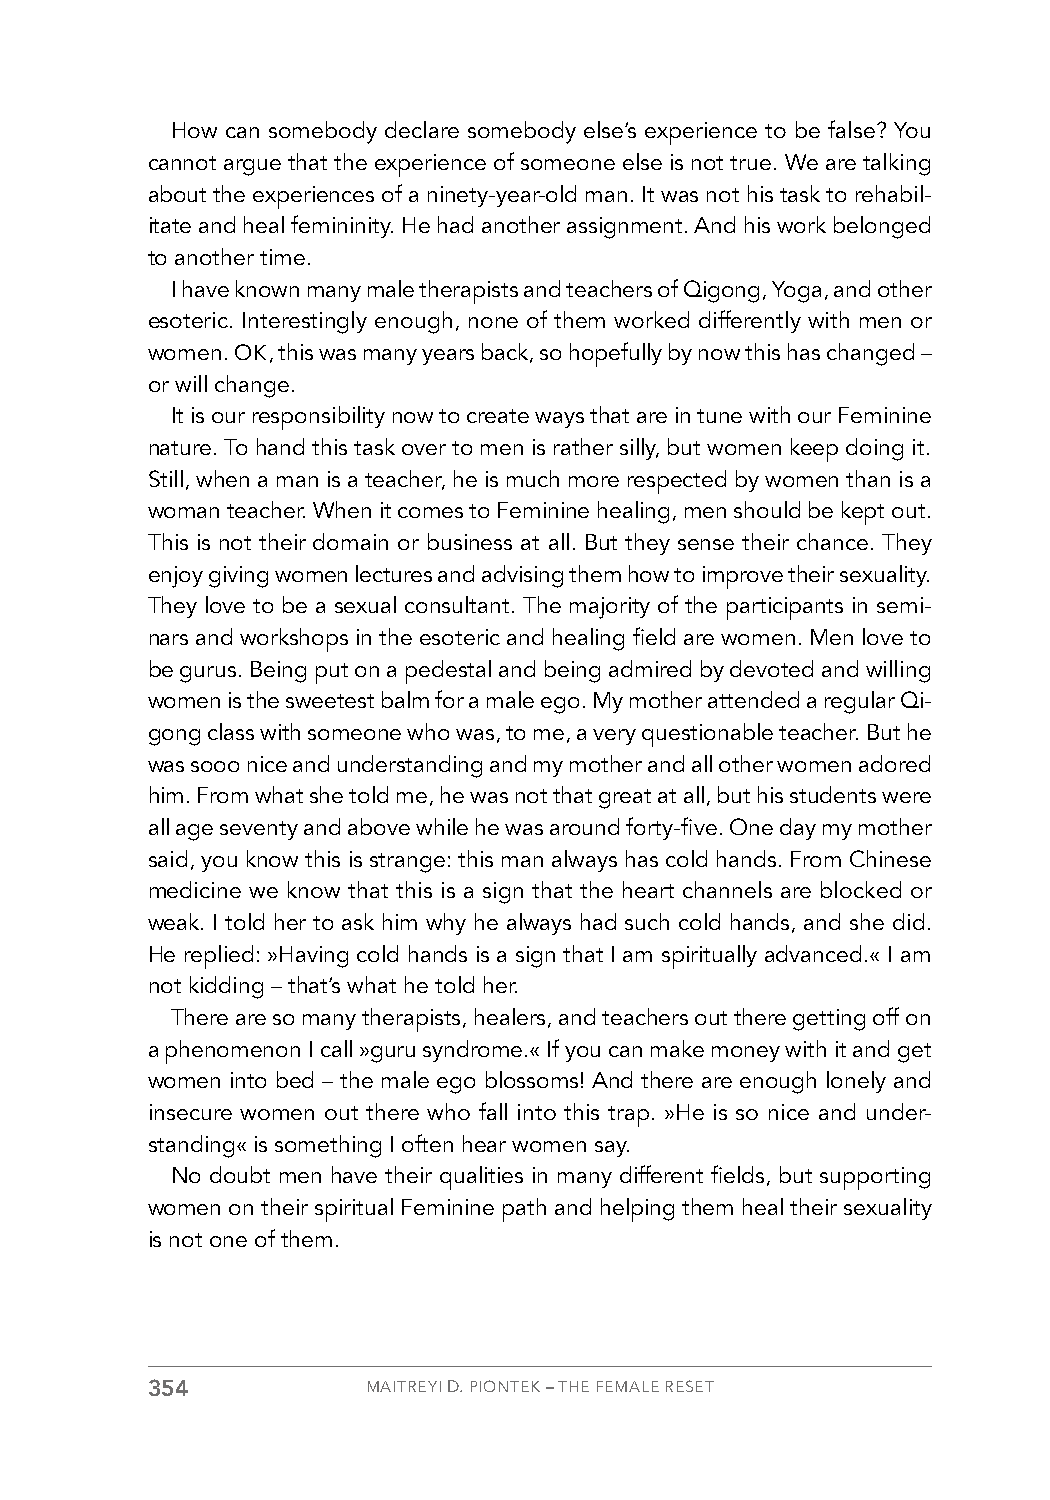
How can somebody declare somebody else’s experience to be false? You
 cannot argue that the experience of someone else is not true. We are talking
 about the experiences of a ninety-year-old man. It was not his task to rehabil-
 itate and heal femininity. He had another assignment. And his work belonged
 to another time.
 I have known many male therapists and teachers of Qigong, Yoga, and other
 esoteric. Interestingly enough, none of them worked differently with men or
 women. OK, this was many years back, so hopefully by now this has changed –
 or will change.
 It is our responsibility now to create ways that are in tune with our Feminine
 nature. To hand this task over to men is rather silly, but women keep doing it.
 Still, when a man is a teacher, he is much more respected by women than is a
 woman teacher. When it comes to Feminine healing, men should be kept out.
 This is not their domain or business at all. But they sense their chance. They
 enjoy giving women lectures and advising them how to improve their sexuality.
 They love to be a sexual consultant. The majority of the participants in semi-
 nars and workshops in the esoteric and healing field are women. Men love to
 be gurus. Being put on a pedestal and being admired by devoted and willing
 women is the sweetest balm for a male ego. My mother attended a regular Qi-
 gong class with someone who was, to me, a very questionable teacher. But he
 was sooo nice and understanding and my mother and all other women adored
 him. From what she told me, he was not that great at all, but his students were
 all age seventy and above while he was around forty-five. One day my mother
 said, you know this is strange: this man always has cold hands. From Chinese
 medicine we know that this is a sign that the heart channels are blocked or
 weak. I told her to ask him why he always had such cold hands, and she did.
 He replied: »Having cold hands is a sign that I am spiritually advanced.« I am
 not kidding – that’s what he told her.
 There are so many therapists, healers, and teachers out there getting off on
 a phenomenon I call »guru syndrome.« If you can make money with it and get
 women into bed – the male ego blossoms! And there are enough lonely and
 insecure women out there who fall into this trap. »He is so nice and under-
 standing« is something I often hear women say.
 No doubt men have their qualities in many different fields, but supporting
 women on their spiritual Feminine path and helping them heal their sexuality
 is not one of them.
 354           MAITREYI D. PIONTEK – THE FEMALE RESET